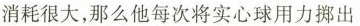
消耗很大，那么他每次将实心球用力掷出